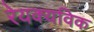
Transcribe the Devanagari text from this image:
रेयक्यविक